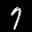
Label: 7